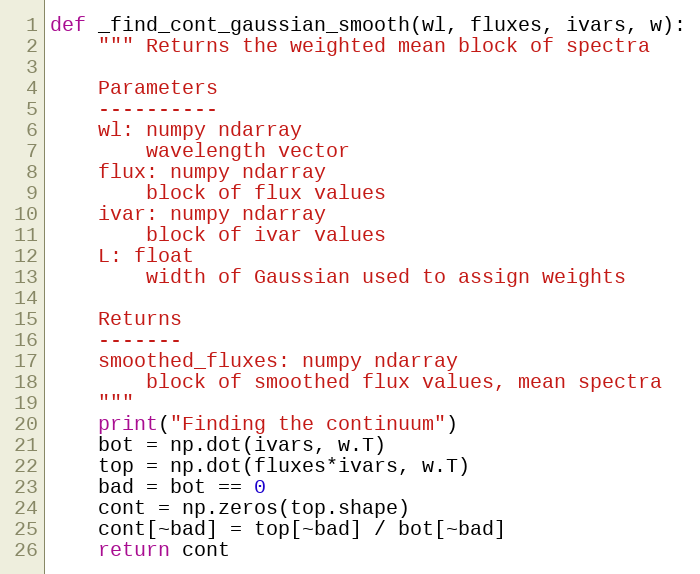
Language: Python
def _find_cont_gaussian_smooth(wl, fluxes, ivars, w):
    """ Returns the weighted mean block of spectra

    Parameters
    ----------
    wl: numpy ndarray
        wavelength vector
    flux: numpy ndarray
        block of flux values
    ivar: numpy ndarray
        block of ivar values
    L: float
        width of Gaussian used to assign weights

    Returns
    -------
    smoothed_fluxes: numpy ndarray
        block of smoothed flux values, mean spectra
    """
    print("Finding the continuum")
    bot = np.dot(ivars, w.T)
    top = np.dot(fluxes*ivars, w.T)
    bad = bot == 0
    cont = np.zeros(top.shape)
    cont[~bad] = top[~bad] / bot[~bad]
    return cont